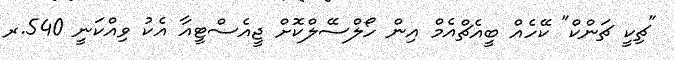
"ޗިކީ ޗަންކް" ކޭހެއް ބީއެޗްއެމް އިން ހޯލްސޭލްކޮށް ޖީއެސްޓީއާ އެކު ވިއްކަނީ 540.ރ